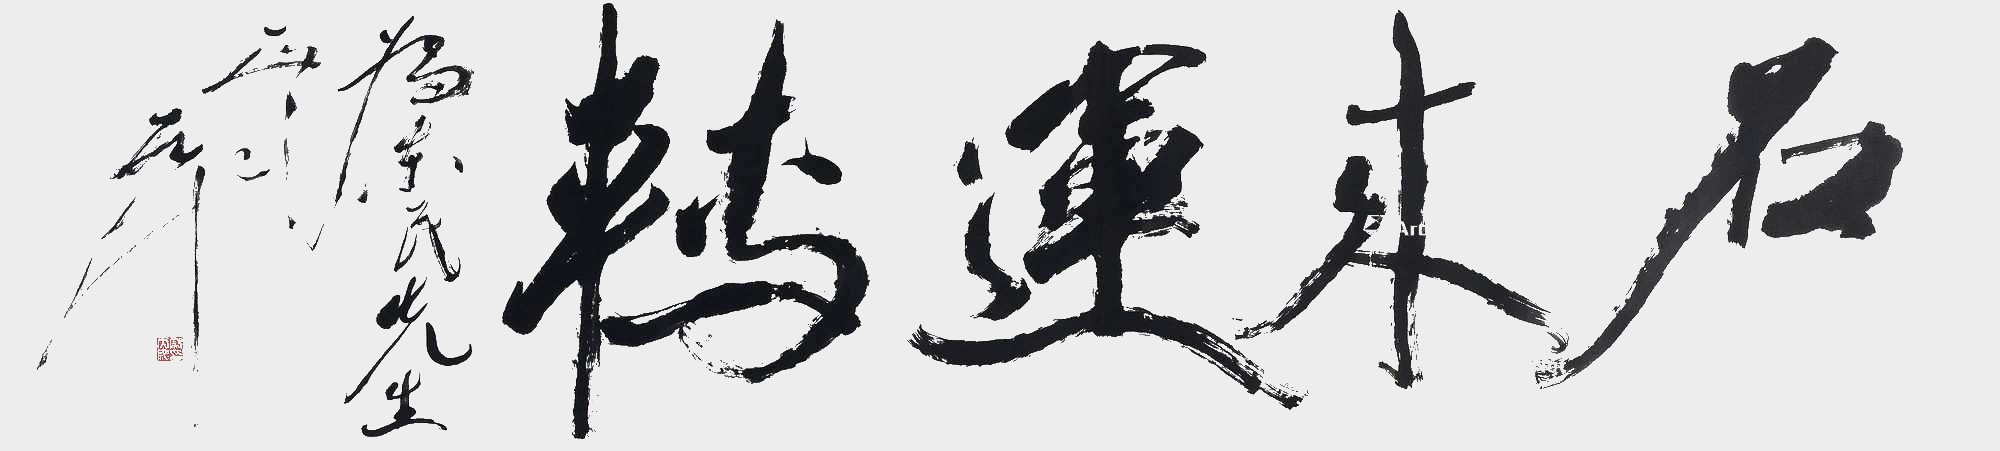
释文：石来运转。为东民先生作，天池。